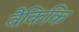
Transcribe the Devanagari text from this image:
वैकिकि